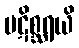
ပဋိစ္ဆရယိ